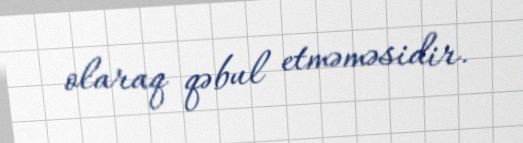
olaraq qəbul etməməsidir.